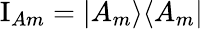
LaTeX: \mathrm{I}_{Am}=|A_{m}\rangle\langle A_{m}|